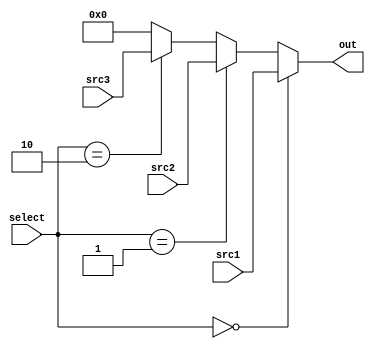
module mux32(
    input [31:0] src1,
    input [31:0] src2,
    input [31:0] src3,
    input [1:0] select,
    output [31:0] out
);

assign out = (select == 2'b00) ? src1 : 
             (select == 2'b01) ? src2 :
             (select == 2'b10) ? src3 :
             32'b0;

endmodule // mux32